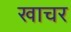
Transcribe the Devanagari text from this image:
खाचर